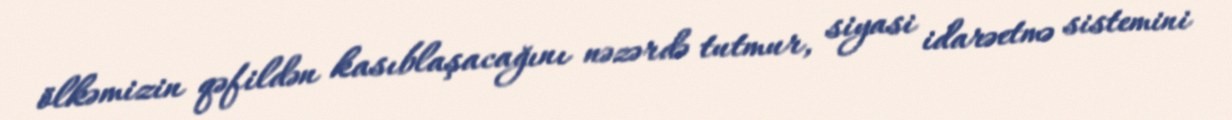
ölkəmizin qəfildən kasıblaşacağını nəzərdə tutmur, siyasi idarəetmə sistemini